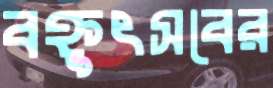
বহ্নুৎসবের